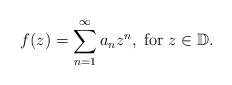
\begin{align*}f(z)=\sum_{n=1}^{\infty}a_nz^n,\; \mbox{for}\; z\in\mathbb{D}.\end{align*}